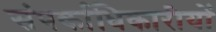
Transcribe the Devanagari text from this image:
संपर्काधिकारीयों